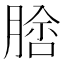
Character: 𦝵